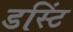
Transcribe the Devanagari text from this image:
डस्टिं